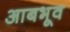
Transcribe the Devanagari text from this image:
आबभूव